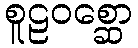
စူဠဝစ္ဆော